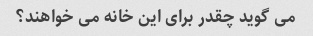
می گوید چقدر برای این خانه می خواهند؟